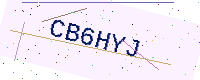
Text: CB6HYJ